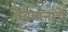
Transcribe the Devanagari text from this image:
वेबपानांचे